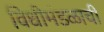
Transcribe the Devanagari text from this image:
विधीमंडळाची